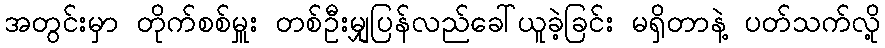
အတွင်းမှာ တိုက်စစ်မှူး တစ်ဦးမျှပြန်လည်ခေါ်ယူခဲ့ခြင်း မရှိတာနဲ့ ပတ်သက်လို့